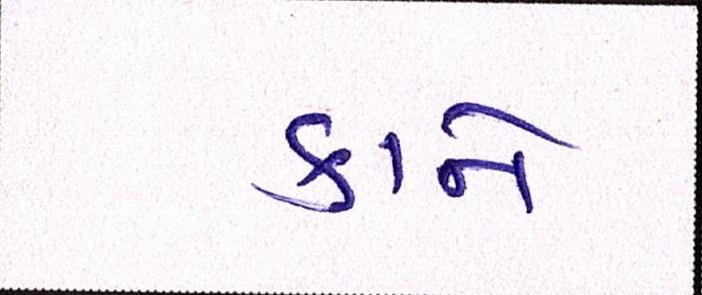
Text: કાને